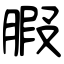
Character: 腵